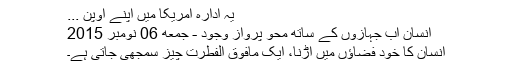
یہ ادارہ امریکا میں اپنے اوپن ...
انسان اب جہازوں کے ساتھ محو پرواز وجود - جمعه 06 نومبر 2015
انسان کا خود فضاؤں میں اڑنا، ایک مافوق الفطرت چیز سمجھی جاتی ہے۔